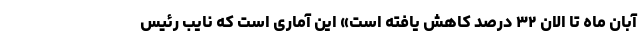
آبان ماه تا الان ۳۲ درصد کاهش یافته است» این آماری است که نایب رئیس